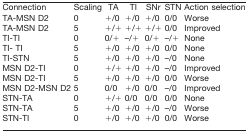
<table><thead><tr><td><b>Connection</b></td><td><b>Scaling</b></td><td><b>TA</b></td><td><b>TI</b></td><td><b>SNr</b></td><td><b>STN</b></td><td><b>Action selection</b></td></tr></thead><tbody><tr><td>TA-MSN D2</td><td>0</td><td>+/0</td><td>+/0</td><td>+/0</td><td>0/0</td><td>Worse</td></tr><tr><td>TA-MSN D2</td><td>5</td><td>+/+</td><td>+/+</td><td>+/+</td><td>0/0</td><td>Improved</td></tr><tr><td>TI-TI</td><td>0</td><td>0/+</td><td>–/+</td><td>0/+</td><td>–/+</td><td>None</td></tr><tr><td>TI- TI</td><td>5</td><td>+/0</td><td>+/0</td><td>+/0</td><td>0/0</td><td>None</td></tr><tr><td>TI-STN</td><td>5</td><td>+/0</td><td>+/0</td><td>+/0</td><td>–/0</td><td>None</td></tr><tr><td>MSN D2-TI</td><td>0</td><td>+/+</td><td>+/0</td><td>+/0</td><td>–/0</td><td>Improved</td></tr><tr><td>MSN D2-TI</td><td>5</td><td>+/0</td><td>+/0</td><td>+/0</td><td>0/0</td><td>Worse</td></tr><tr><td>MSN D2-MSN D2</td><td>5</td><td>0/0</td><td>+/0</td><td>0/0</td><td>–/0</td><td>Improved</td></tr><tr><td>STN-TA</td><td>0</td><td>+/+</td><td>0/0</td><td>0/0</td><td>0/0</td><td>None</td></tr><tr><td>STN-TA</td><td>5</td><td>+/0</td><td>+/0</td><td>+/0</td><td>–/0</td><td>Worse</td></tr><tr><td>STN-TI</td><td>0</td><td>+/0</td><td>+/0</td><td>+/0</td><td>0/0</td><td>Worse</td></tr></tbody></table>